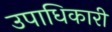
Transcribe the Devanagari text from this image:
उपाधिकारी